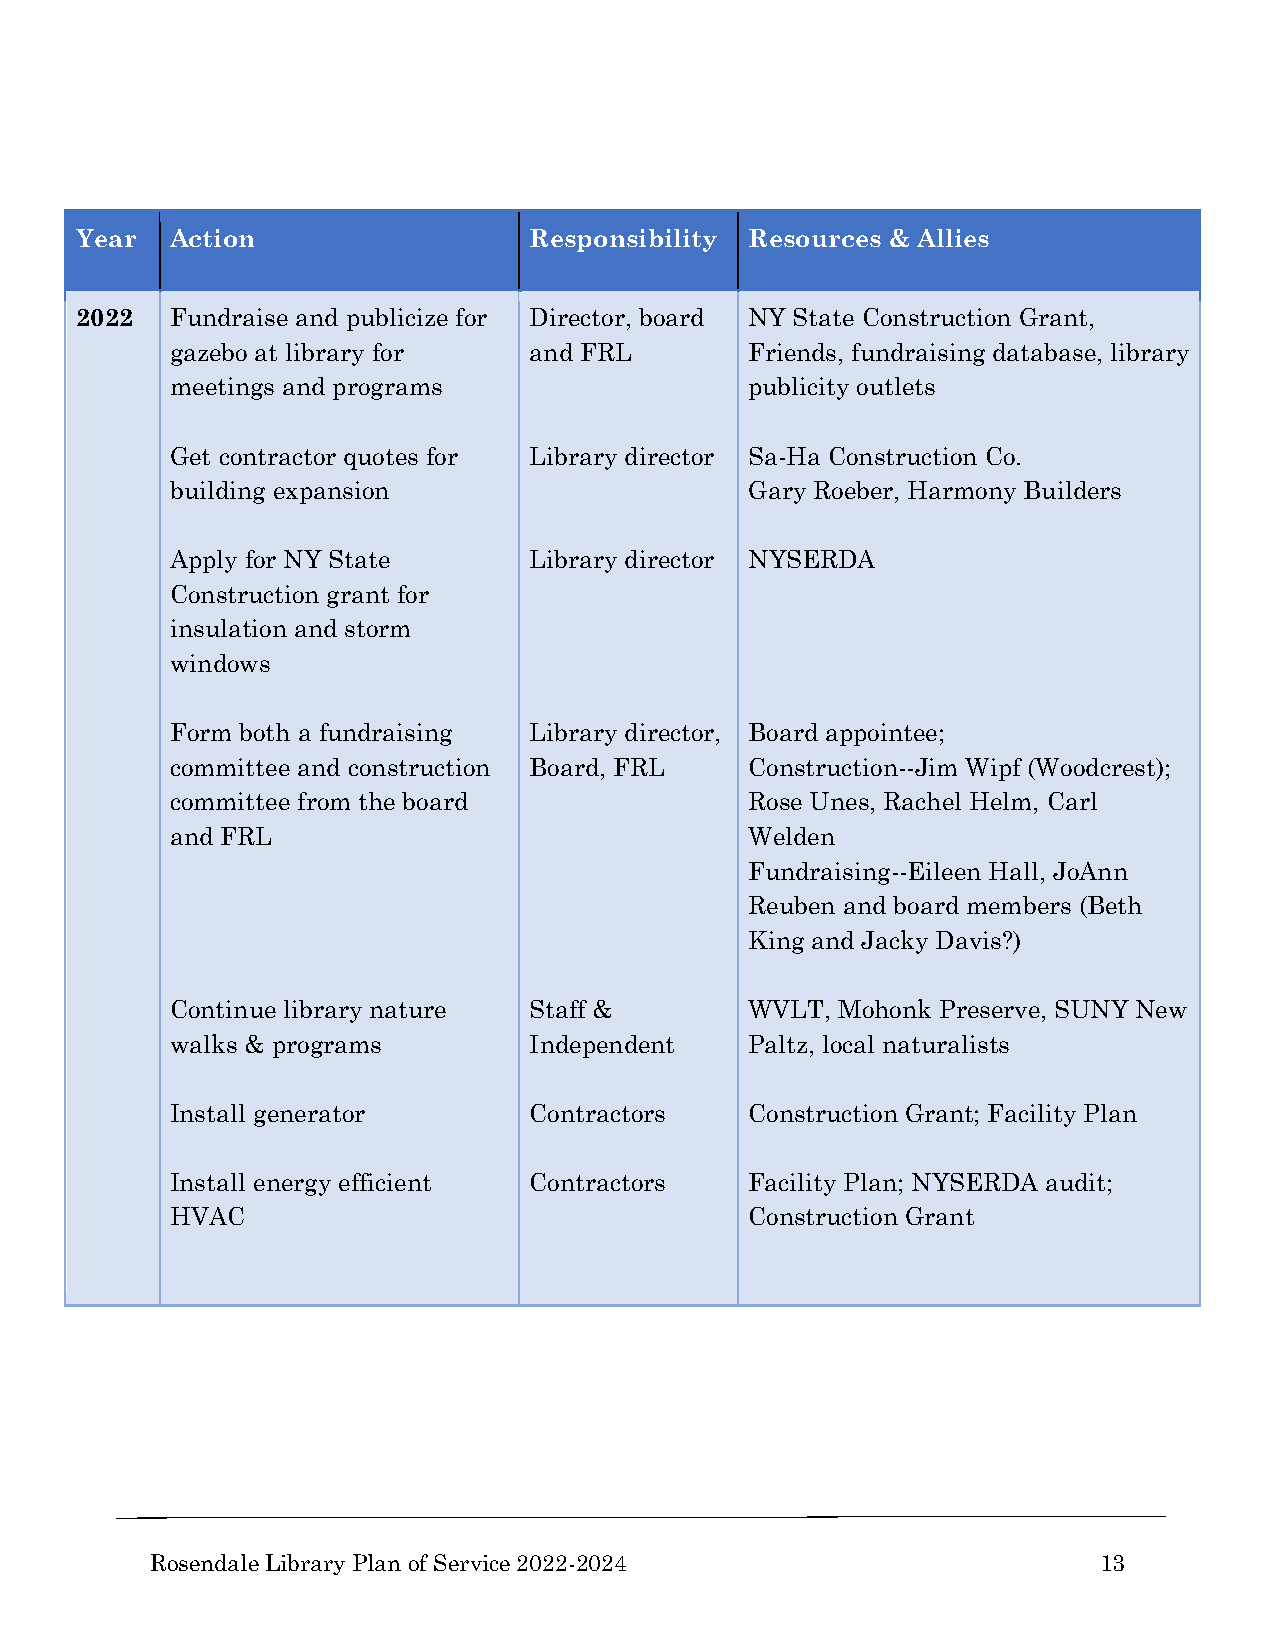
Year  Action                  Responsibility Resources & Allies
 2022  Fundraise and publicize for Director, board NY State Construction Grant,
 gazebo at library for   and FRL        Friends, fundraising database, library
 meetings and programs                  publicity outlets
 Get contractor quotes for Library director Sa-Ha Construction Co.
 building expansion                     Gary Roeber, Harmony Builders
 Apply for NY State      Library director NYSERDA
 Construction grant for
 insulation and storm
 windows
 Form both a fundraising Library director, Board appointee;
 committee and construction Board, FRL  Construction--Jim Wipf (Woodcrest);
 committee from the board               Rose Unes, Rachel Helm, Carl
 and FRL                                Welden
 Fundraising--Eileen Hall, JoAnn
 Reuben and board members (Beth
 King and Jacky Davis?)
 Continue library nature Staff &        WVLT, Mohonk Preserve, SUNY New
 walks & programs        Independent    Paltz, local naturalists
 Install generator       Contractors    Construction Grant; Facility Plan
 Install energy efficient Contractors   Facility Plan; NYSERDA audit;
 HVAC                                   Construction Grant
 Rosendale Library Plan of Service 2022-2024                    13